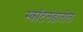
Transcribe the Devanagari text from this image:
स्कॉटलंडातील